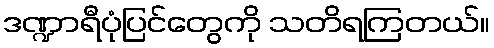
ဒဏ္ဍာရီပုံပြင်တွေကို သတိရကြတယ်။